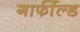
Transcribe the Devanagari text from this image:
गार्फील्ड